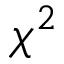
\chi ^ { 2 }